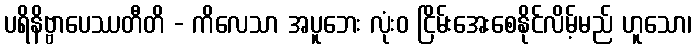
ပရိနိဗ္ဗာပေဿတီတိ - ကိလေသာ အပူဘေး လုံးဝ ငြိမ်းအေးစေနိုင်လိမ့်မည် ဟူသော၊